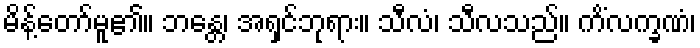
မိန့်တော်မူ၏။ ဘန္တေ၊ အရှင်ဘုရား။ သီလံ၊ သီလသည်။ ကိံလက္ခဏံ၊